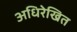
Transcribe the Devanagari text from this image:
अधिरेखित